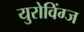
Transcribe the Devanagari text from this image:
युरोविंग्ज